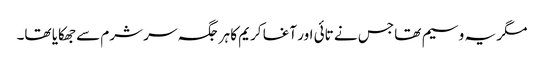
مگر یہ وسیم تھا جس نے تائی اور آغا کریم کا ہر جگہ سر شرم سے جھکایا تھا۔